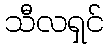
သီလရှင်